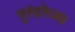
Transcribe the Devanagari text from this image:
पुरंदरेच्या